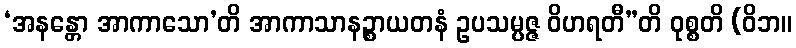
‘အနန္တော အာကာသော’တိ အာကာသာနဉ္စာယတနံ ဥပသမ္ပဇ္ဇ ဝိဟရတီ”တိ ဝုစ္စတိ (ဝိဘ။